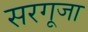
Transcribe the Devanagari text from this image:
सरगूजा